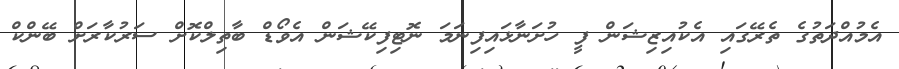
އެމުއްދަތުގެ ތެރޭގައި އެކުއިޒިޝަން ފީ ހުށަނާޅައިފިނަމަ ނޮޓިފިކޭޝަން އެވޯޑް ބާތިލްކޮށް ސަރުކާރަށް ބޭންކް